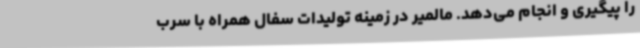
را پیگیری و انجام می‌دهد. مالمیر در زمینه تولیدات سفال همراه با سرب